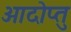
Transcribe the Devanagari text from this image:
ओदोप्तु